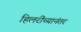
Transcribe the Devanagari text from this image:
हिलरींच्यानंतर